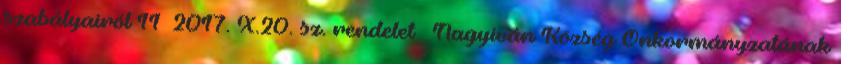
szabályairól 11 2017. X.20. sz. rendelet – Nagyiván Község Önkormányzatának